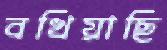
বখিয়াছি